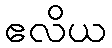
ဧလိယ